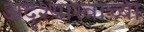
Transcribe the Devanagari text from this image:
अदृश्यास्त्राच्या